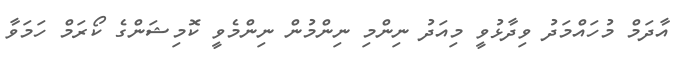
އާދަމް މުހައްމަދު ވިދާޅުވީ މިއަދު ނިންމި ނިންމުން ނިންމެވީ ކޮމިޝަންގެ ކޯރަމް ހަމަވާ